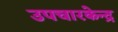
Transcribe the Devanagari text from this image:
उपचारकेन्द्र